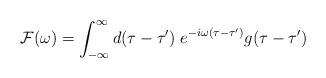
LaTeX: \begin{align*}{\cal F}(\omega)=\int^\infty_{-\infty}d(\tau-\tau') \;e^{-i\omega(\tau-\tau')}g(\tau-\tau')\end{align*}